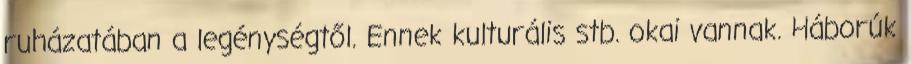
ruházatában a legénységtől. Ennek kulturális stb. okai vannak. Háborúk